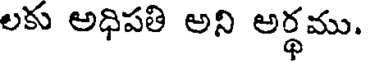
లకు అధిపతి అని అర్థము.